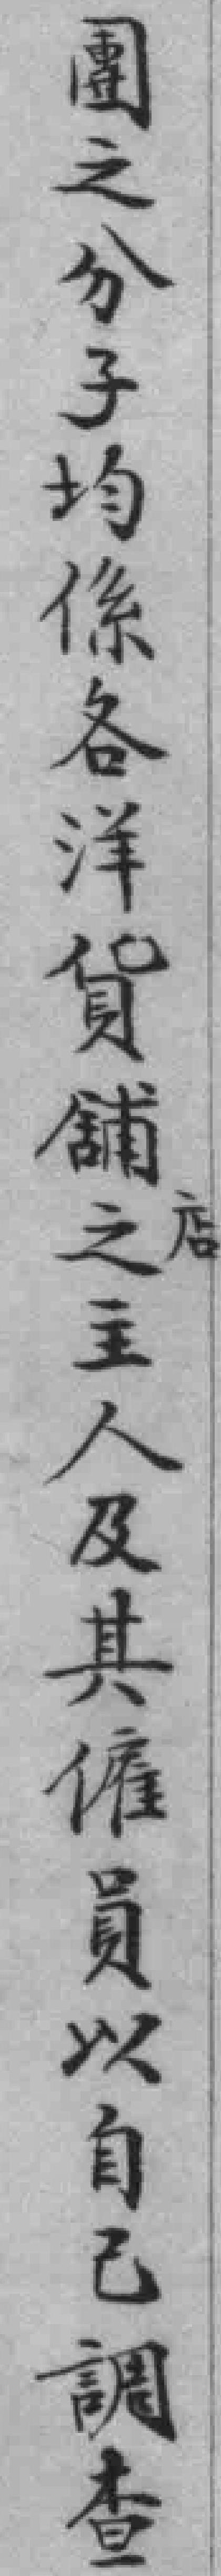
團之分子均係各洋貨舖店之主人及其僱員以自己調查